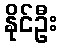
နိုင်ဦး